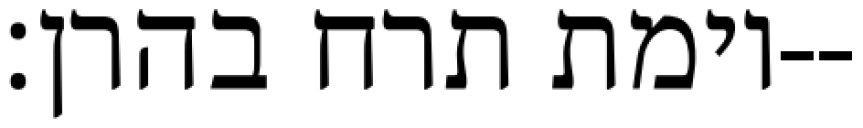
וימת תרח בהרן׃--